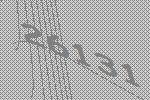
26131